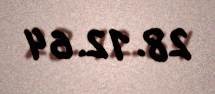
28.12.64